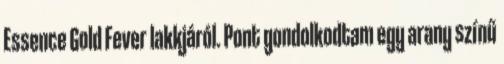
Essence Gold Fever lakkjáról. Pont gondolkodtam egy arany színű